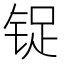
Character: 𰾃